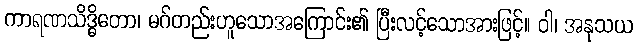
ကာရဏသိဒ္ဓိတော၊ မဂ်တည်းဟူသောအကြောင်း၏ ပြီးလင့်သောအားဖြင့်။ ဝါ၊ အနုသယ